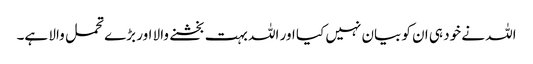
اللہ نے خود ہی ان کو بیان نہیں کیا اور اللہ بہت بخشنے والا اور بڑے تحمل والا ہے۔